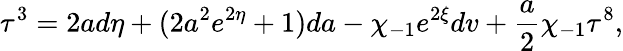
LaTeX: {\mathbf\tau}^{3}=2ad\eta+(2a^{2}e^{2\eta}+1)da-\chi_{-1}e^{2\xi}dv+\frac{a}{2}\chi_{-1}{\mathbf\tau}^{8},